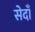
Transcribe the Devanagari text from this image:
सेदाँ